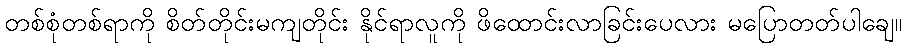
တစ်စုံတစ်ရာကို စိတ်တိုင်းမကျတိုင်း နိုင်ရာလူကို ဖိထောင်းလာခြင်းပေလား မပြောတတ်ပါချေ။